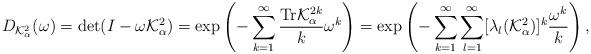
LaTeX: \begin{align*}D_{\mathcal{K}_{\alpha }^{2}}(\omega )=\mbox{det}(I-\omega \mathcal{K}_{\alpha }^{2})=\exp\left(-\sum_{k=1}^{\infty }\frac{\mbox{Tr}\mathcal{K}_{\alpha}^{2k}}{k}\omega^{k}\right)=\exp\left(-\sum_{k=1}^{\infty}\sum_{l=1}^{\infty}[\lambda_{l}(\mathcal{K}_{\alpha}^{2})]^{k}\frac{\omega^{k}}{k}\right), \end{align*}